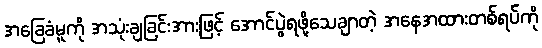
အခြေခံမူကို အသုံးချခြင်းအားဖြင့် အောင်ပွဲရဖို့သေချာတဲ့ အနေအထားတစ်ရပ်ကို